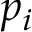
p _ { i }